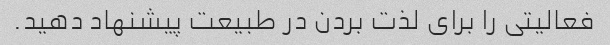
فعالیتی را برای لذت بردن در طبیعت پیشنهاد دهید.